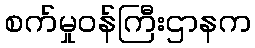
စက်မှုဝန်ကြီးဌာနက